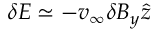
\boldsymbol { \delta E } \simeq - v _ { \infty } \delta B _ { y } \boldsymbol { \hat { z } }